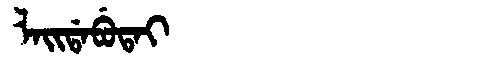
Manchu: ᠯᠠᡳᡩᠠᠪᡠᡨᠠᡳ
Romanization: LAIDABUTAI